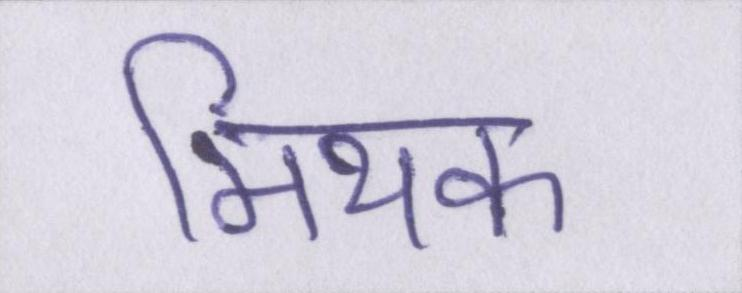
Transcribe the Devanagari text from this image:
मिथक